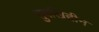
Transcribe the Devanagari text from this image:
सुबखिद्दीन